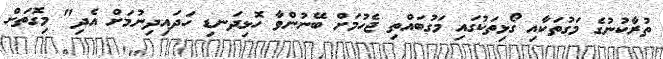
ތުރާކުނުގެ މަގުތަކާއި ގޯޅިތަކުގައި މަގުބައްތި ޖެހުމަށް ބޭނުންވާ ހޮޅިދަނޑި ހަދައިދިނުމަށް އެދި" މިގޮތަށް